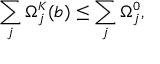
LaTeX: \sum _ { j } \Omega _ { j } ^ { \scriptscriptstyle K } ( b ) \leq \sum _ { j } \Omega _ { j } ^ { \scriptscriptstyle 0 } ,